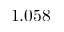
1 . 0 5 8